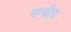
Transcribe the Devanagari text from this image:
अन्क्रीच